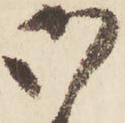
御